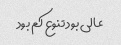
عالی بود تنوع کم بود